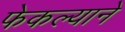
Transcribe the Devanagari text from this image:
फेकल्याने